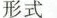
形式